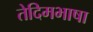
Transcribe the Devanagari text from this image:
तेदिमभाषा